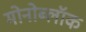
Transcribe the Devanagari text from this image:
मोनोब्लॉक